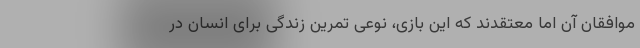
موافقان آن اما معتقدند که این بازی، نوعی تمرین زندگی برای انسان در